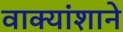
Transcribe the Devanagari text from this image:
वाक्यांशाने